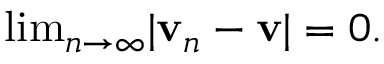
{ \mathrm { l i m } } _ { n \rightarrow \infty } | \mathbf { v } _ { n } - \mathbf { v } | = 0 .